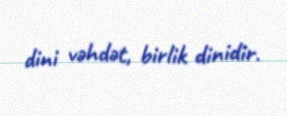
dini vəhdət, birlik dinidir.